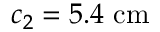
c _ { 2 } = 5 . 4 ~ \mathrm { c m }